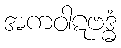
အကဝါဋဗဒ္ဓံ